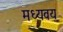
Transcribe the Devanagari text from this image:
मध्यवय